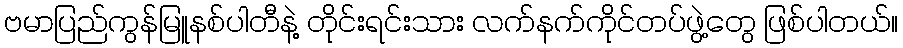
ဗမာပြည်ကွန်မြူနစ်ပါတီနဲ့ တိုင်းရင်းသား လက်နက်ကိုင်တပ်ဖွဲ့တွေ ဖြစ်ပါတယ်။